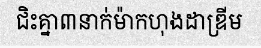
ជិះគ្នា៣នាក់ម៉ាកហុងដាឌ្រីម